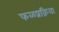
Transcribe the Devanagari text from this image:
फळप्रक्रिया